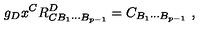
g _ { D } x ^ { C } R _ { C B _ { 1 } \cdots B _ { p - 1 } } ^ { D } = C _ { B _ { 1 } \cdots B _ { p - 1 } } \ ,